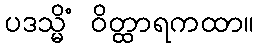
ပဒသ္မိံ ဝိတ္ထာရကထာ။